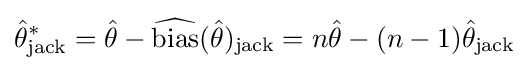
{\hat {\theta }}_{\text{jack}}^{*}={\hat {\theta }}-{\widehat {\text{bias}}}({\hat {\theta }})_{\mathrm {jack} }=n{\hat {\theta }}-(n-1){\hat {\theta }}_{\mathrm {jack} }